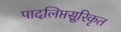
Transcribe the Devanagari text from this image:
पादलिप्तसूरिकृत